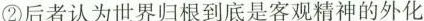
②后者认为世界归根到底是客观精神的外化